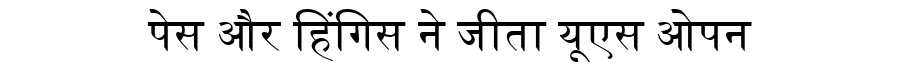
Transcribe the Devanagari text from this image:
पेस और हिंगिस ने जीता यूएस ओपन